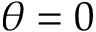
\theta = 0